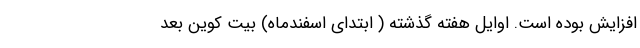
افزایش بوده است. اوایل هفته گذشته ( ابتدای اسفندماه) بیت کوین بعد